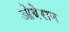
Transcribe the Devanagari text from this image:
ओबेरान